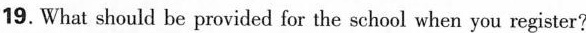
19.What should be provided for the school when you register?